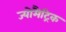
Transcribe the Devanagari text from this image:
ज्योमैट्रिक